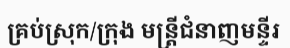
គ្រប់ស្រុក/ក្រុង មន្ត្រីជំនាញមន្ទីរ